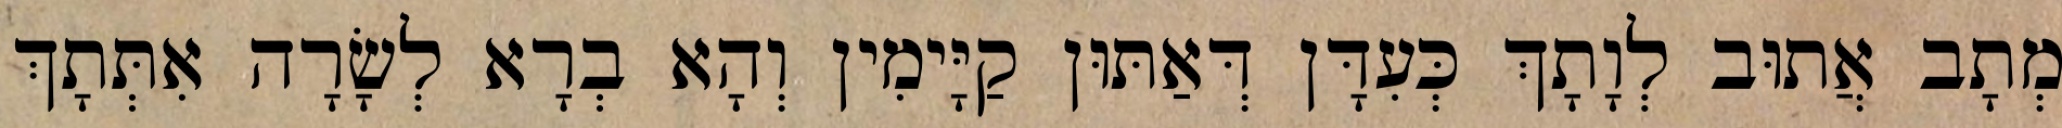
מְתָב אֲתוּב לְוָתָךְ כְּעִדָּן דְּאַתּוּן קַיָּימִין וְהָא בְרָא לְשָׂרָה אִתְּתָךְ